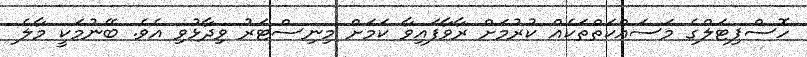
ހޮސްޕިޓަލްގެ މަސައްކަތްތަކެއް ކުރުމަށް ރާވާފައިވާ ކަމަށް މިނިސްޓަރު ވިދާޅުވި އެވެ. ބޭނުމަކީ މާލެ